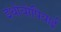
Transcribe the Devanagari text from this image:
इथोयोपियाई